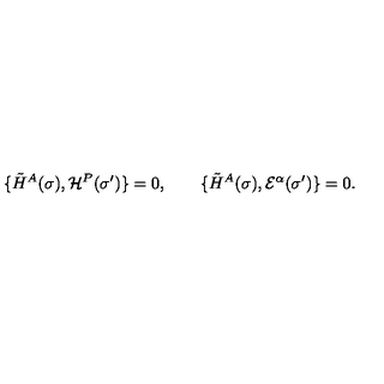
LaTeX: \{ \tilde { H } ^ { A } ( \sigma ) , { \cal H } ^ { P } ( \sigma ^ { \prime } ) \} = 0 , \qquad \{ \tilde { H } ^ { A } ( \sigma ) , { \cal E } ^ { \alpha } ( \sigma ^ { \prime } ) \} = 0 .